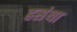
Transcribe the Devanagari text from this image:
हसंथा